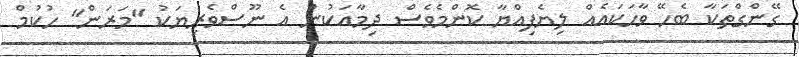
ގޭންގްތަކާ ބެހޭ ވާހަކައެއް ލިޔެފިއްޔާ ކޮންމެވެސް ދިމާއަކުން އެ ނޫސްވެރިޔަކު "މަރަން" ހުކުމް